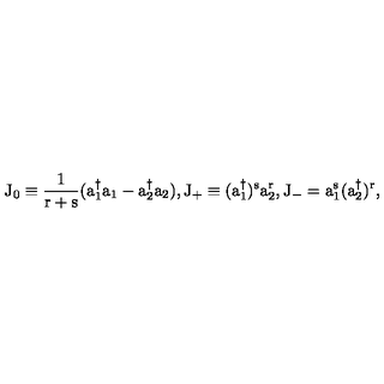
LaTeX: \mathrm { J _ { 0 } \equiv \frac { 1 } { r + s } ( a _ { 1 } ^ { \dagger } a _ { 1 } - a _ { 2 } ^ { \dagger } a _ { 2 } ) , \mathrm { J _ { + } \equiv ( a _ { 1 } ^ { \dagger } ) ^ { s } a _ { 2 } ^ { r } , \mathrm { J _ { - } = a _ { 1 } ^ { s } ( a _ { 2 } ^ { \dagger } ) ^ { r } , } } }